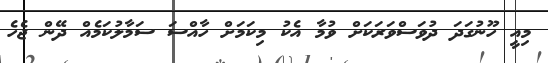
މިއީ ހޫނުގަދަ ދުވަސްވަރަކަށް ވުމާ އެކު މިކަމަށް ހާއްސަ ސަމާލުކަމެއް ދޭން ޖެހެ